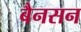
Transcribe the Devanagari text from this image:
बैनसन